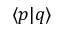
\langle p \vert q \rangle